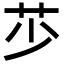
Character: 䒚